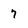
Character: 7